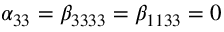
\alpha _ { 3 3 } = \beta _ { 3 3 3 3 } = \beta _ { 1 1 3 3 } = 0